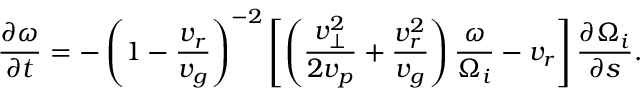
\frac { \partial \omega } { \partial t } = - \left( 1 - \frac { v _ { r } } { v _ { g } } \right) ^ { - 2 } \left[ \left( \frac { v _ { \perp } ^ { 2 } } { 2 v _ { p } } + \frac { v _ { r } ^ { 2 } } { v _ { g } } \right) \frac { \omega } { \Omega _ { i } } - v _ { r } \right] \frac { \partial \Omega _ { i } } { \partial s } .